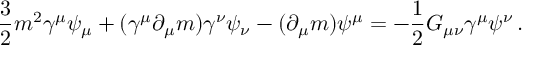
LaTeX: { \frac { 3 } { 2 } } m ^ { 2 } \gamma ^ { \mu } \psi _ { \mu } + ( \gamma ^ { \mu } \partial _ { \mu } m ) \gamma ^ { \nu } \psi _ { \nu } - ( \partial _ { \mu } m ) \psi ^ { \mu } = - { \frac { 1 } { 2 } } G _ { \mu \nu } \gamma ^ { \mu } \psi ^ { \nu } \, .